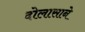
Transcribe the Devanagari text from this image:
दोलासाने